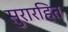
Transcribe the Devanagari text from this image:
सुरारहित